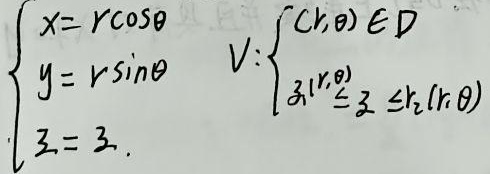
由\(\begin{cases}x = r\cos\theta \\y = r\sin\theta \\z = z\end{cases}\) ，区域\(V\)表示为\(\begin{cases}(r,\theta)\in D \\z_1(r,\theta)\leq z \leq z_2(r,\theta)\end{cases}\)